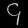
Digit: ၄